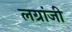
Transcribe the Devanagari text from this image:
लग्रांजी